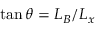
\tan \theta = L _ { B } / L _ { x }